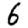
Digit: 6